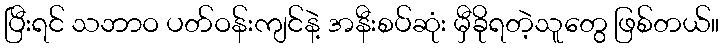
ပြီးရင် သဘာဝ ပတ်ဝန်းကျင်နဲ့ အနီးစပ်ဆုံး မှီခိုရတဲ့သူတွေ ဖြစ်တယ်။